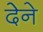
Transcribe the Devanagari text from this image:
देेने